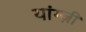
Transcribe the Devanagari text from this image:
यांग्ज़ी